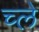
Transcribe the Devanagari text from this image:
च्ले